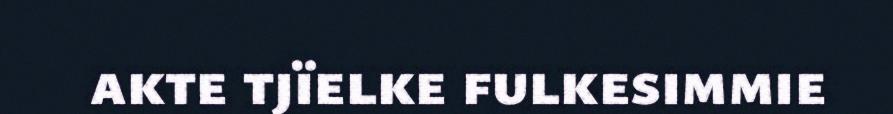
akte tjïelke fulkesimmie